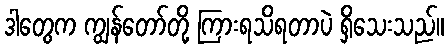
ဒါတွေက ကျွန်တော်တို့ ကြားရသိရတာပဲ ရှိသေးသည်။